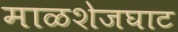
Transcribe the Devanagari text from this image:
माळशेजघाट